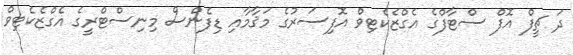
ދަ ޗީފް އޮފް ސްޓާފްގެ އެގްޒެކެޓިވް އޮފިސަރުގެ މަޤާމާއި ޑިފެންސް މިނިސްޓްރީގެ އެގްޒެކެޓިވް